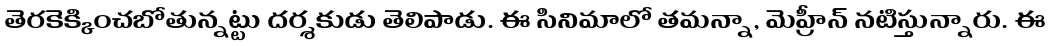
తెరకెక్కించబోతున్నట్టు దర్శకుడు తెలిపాడు. ఈ సినిమాలో తమన్నా, మెహ్రీన్ నటిస్తున్నారు. ఈ